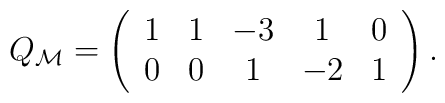
Q_{\cal M}=\left(\begin{array}{ccccc} 1& 1&-3& 1& 0 \\ 0& 0& 1&-2& 1\end{array}\right).